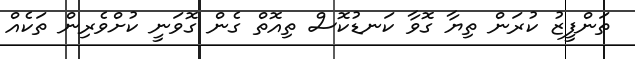
ތަންފީޒު ކުރަން ތިޔާ ގޮވާ ކަނޑުކޮސް ތިއޮތް ގެން ގޮވަނީ ކުށްވެރިން ތަކެއް